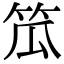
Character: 笟